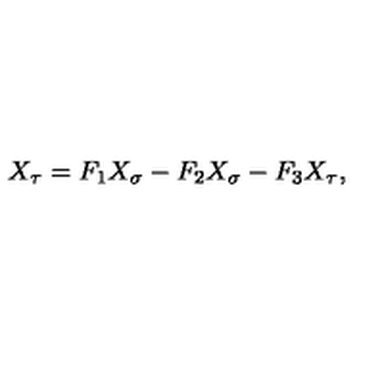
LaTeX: X _ { \tau } = F _ { 1 } X _ { \sigma } - F _ { 2 } X _ { \sigma } - F _ { 3 } X _ { \tau } ,